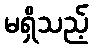
မရှိသည့်